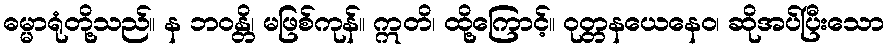
ဓမ္မာရုံတို့သည်။ န ဘဝန္တိ၊ မဖြစ်ကုန်။ ဣတိ၊ ထို့ကြောင့်။ ဝုတ္တနယေနေဝ၊ ဆိုအပ်ပြီးသော